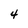
Character: 4